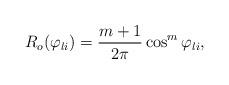
LaTeX: \begin{align*}R_o(\varphi_{li}) = \frac{m+1}{2\pi}\cos^m\varphi_{li},\end{align*}